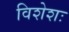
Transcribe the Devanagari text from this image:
विशेशः